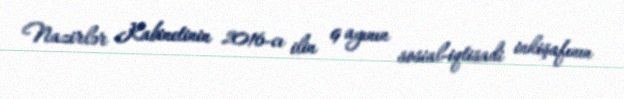
Nazirlər Kabinetinin 2016-cı ilin 9 ayının sosial-iqtisadi inkişafının